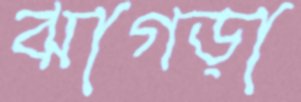
ঝাগড়া